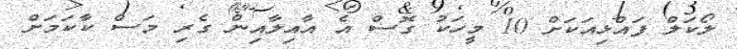
ލޯކަލް ފައްޅިއަކަށް 10 މީހަކު ގޮސް އެ އާއިލާއިން ގެރި މަސް ކާކަމަށް